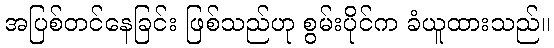
အပြစ်တင်နေခြင်း ဖြစ်သည်ဟု စွမ်းပိုင်က ခံယူထားသည်။